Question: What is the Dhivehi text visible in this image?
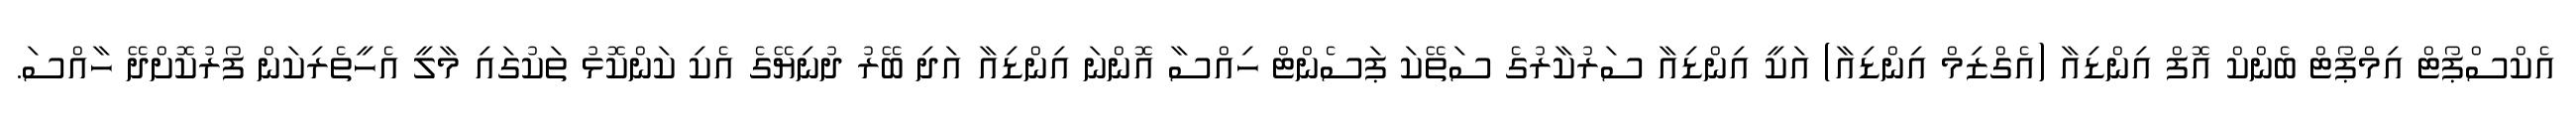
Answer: އެކްސްޕޯޓް އިމްޕޯޓް ބެންކް އޮފް އިންޑިއާ (އެގްޒިމް އިންޑިއާ) އަކީ އިންޑިއާ ސަރުކާރުގެ ސަތޭކަ ޕަސެންޓް ހިއްސާ އޮންނަ އިންޑިއާ އަދި ބޭރު ދުނިޔޭގެ އެކި ކަންކޮޅު ތަކުގައި މާލީ އެހީތެރިކަން ފޯރުކޮށްދޭ ހާއްސަ.